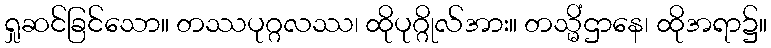
ရှုဆင်ခြင်သော။ တဿပုဂ္ဂလဿ၊ ထိုပုဂ္ဂိုလ်အား။ တသ္မိံဌာနေ၊ ထိုအရာ၌။